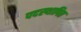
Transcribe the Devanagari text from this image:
पदस्‍थापित